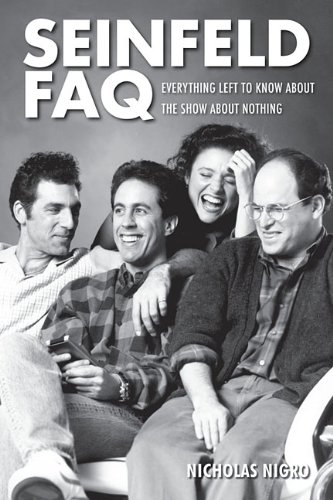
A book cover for Seinfeld FAQ: Everything Left to Know About the Show About Nothing (FAQ Series); Nicholas Nigro; Humor & Entertainment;